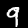
Digit: 9